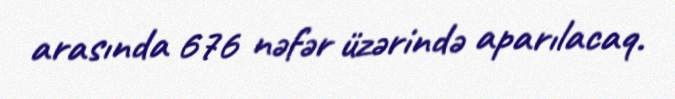
arasında 676 nəfər üzərində aparılacaq.